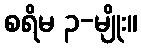
စရိမ ၃-မျိုး။